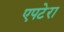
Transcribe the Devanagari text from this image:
एपटेरा